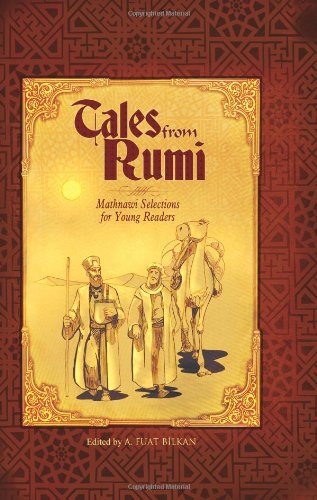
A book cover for Tales from Rumi; Ali Fuat Bilkan; Teen & Young Adult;